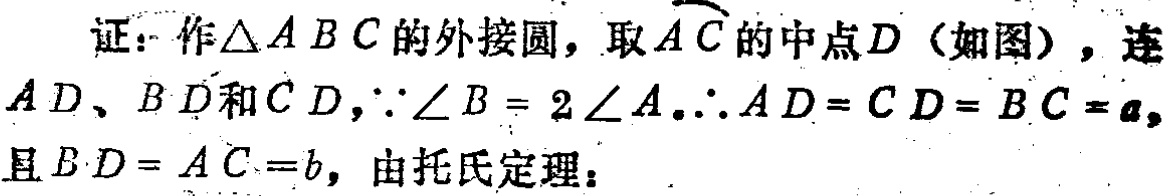
证：作\(\triangle ABC\)的外接圆，取\(\overset{\frown}{AC}\)的中点\(D\)（如图），连\(AD\)、\(BD\)和\(CD\)，\(\because\angle B = 2\angle A\)，\(\therefore AD = CD = BC = a\)，且\(BD = AC = b\)，由托氏定理：